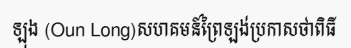
ឡុង (Oun Long)សហគមន៍ព្រៃឡង់ប្រកាសថាពិធី